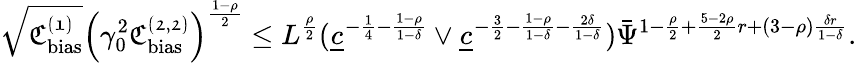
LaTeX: \sqrt{\mathfrak{C_{\mathrm{bias}}^{(1)}}}\left(\gamma_{0}^{2}\mathfrak{C_{\mathrm{bias}}^{(2,2)}}\right)^{\frac{1-\rho}{2}}\le L^{\frac{\rho}{2}}(\underline{{c}}^{-\frac{1}{4}-\frac{1-\rho}{1-\delta}}\vee\underline{{c}}^{-\frac{3}{2}-\frac{1-\rho}{1-\delta}-\frac{2\delta}{1-\delta}})\bar{\Psi}^{1-\frac{\rho}{2}+\frac{5-2\rho}{2}r+(3-\rho)\frac{\delta r}{1-\delta}}.